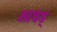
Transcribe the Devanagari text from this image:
आवड्